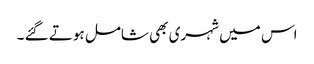
اس میں شہری بھی شامل ہوتے گئے ۔